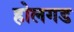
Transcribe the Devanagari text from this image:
होलगड